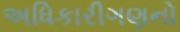
અધિકારીગણનો